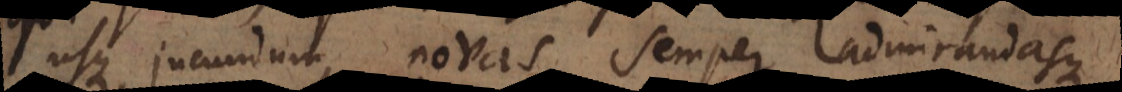
usque jucundum, novas semper admirandasque